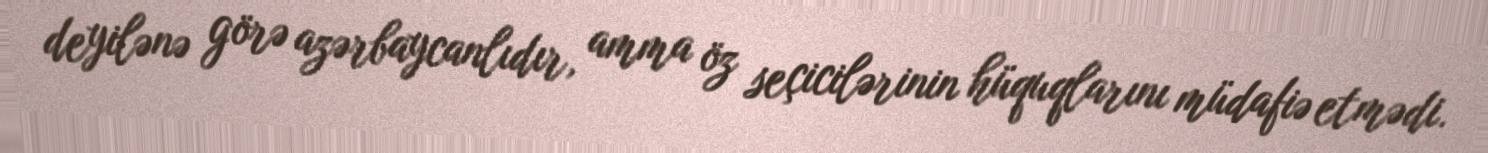
deyilənə görə azərbaycanlıdır, amma öz seçicilərinin hüquqlarını müdafiə etmədi.